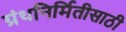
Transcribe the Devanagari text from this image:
ग्रंथनिर्मितीसाठी